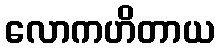
လောကဟိတာယ